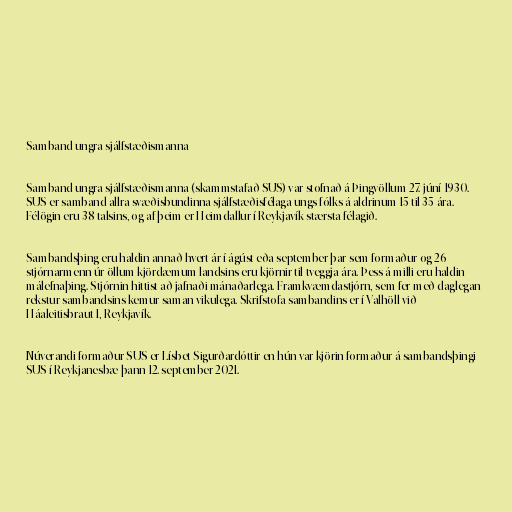
Samband ungra sjálfstæðismanna

Samband ungra sjálfstæðismanna (skammstafað SUS) var stofnað á Þingvöllum 27. júní 1930.
SUS er samband allra svæðisbundinna sjálfstæðisfélaga ungs fólks á aldrinum 15 til 35 ára.
Félögin eru 38 talsins, og af þeim er Heimdallur í Reykjavík stærsta félagið.

Sambandsþing eru haldin annað hvert ár í ágúst eða september þar sem formaður og 26
stjórnarmenn úr öllum kjördæmum landsins eru kjörnir til tveggja ára. Þess á milli eru haldin
málefnaþing. Stjórnin hittist að jafnaði mánaðarlega. Framkvæmdastjórn, sem fer með daglegan
rekstur sambandsins kemur saman vikulega. Skrifstofa sambandins er í Valhöll við
Háaleitisbraut 1, Reykjavík.

Núverandi formaður SUS er Lísbet Sigurðardóttir en hún var kjörin formaður á sambandsþingi
SUS í Reykjanesbæ þann 12. september 2021.